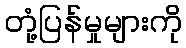
တုံ့ပြန်မှုများကို